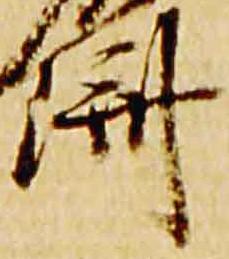
済